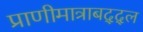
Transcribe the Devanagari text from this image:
प्राणीमात्राबद्द्ल